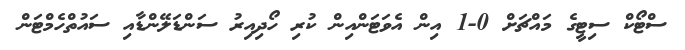
ސްޓޯކް ސިޓީގެ މައްޗަށް 0-1 އިން އެވަޓަންއިން ކުރި ހޯދިއިރު ސަންޑަލޭންޑާއި ސައުތްހެމްޓަން